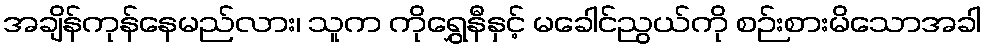
အချိန်ကုန်နေမည်လား၊ သူက ကိုရွှေနီနှင့် မခေါင်ညွယ်ကို စဉ်းစားမိသောအခါ